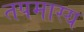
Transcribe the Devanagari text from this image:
तपमास्य